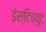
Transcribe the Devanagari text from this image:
इंस्टिच्युट